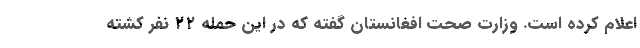
اعلام کرده است. وزارت صحت افغانستان گفته که در این حمله ۲۲ نفر کشته